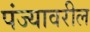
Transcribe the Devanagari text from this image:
पंज्यावरील